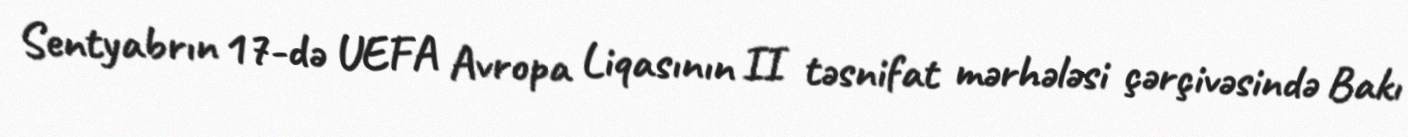
Sentyabrın 17-də UEFA Avropa Liqasının II təsnifat mərhələsi çərçivəsində Bakı